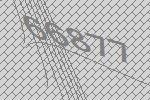
66877